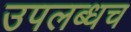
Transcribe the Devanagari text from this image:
उपलब्धच